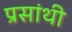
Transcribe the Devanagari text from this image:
प्रसांथी